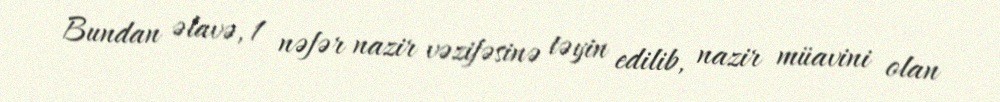
Bundan əlavə, 1 nəfər nazir vəzifəsinə təyin edilib, nazir müavini olan